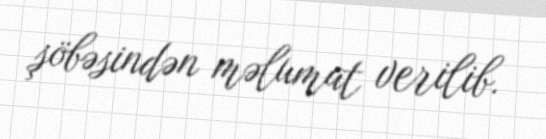
şöbəsindən məlumat verilib.